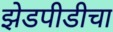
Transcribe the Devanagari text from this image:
झेडपीडीचा